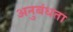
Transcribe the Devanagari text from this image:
अनुबंधता